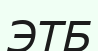
ЭТБ